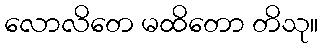
လောလိတေ မထိတော တိသု။